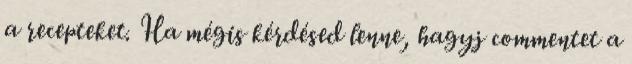
a recepteket. Ha mégis kérdésed lenne, hagyj commentet a